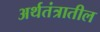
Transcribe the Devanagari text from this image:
अर्थतंत्रातील